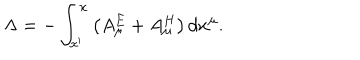
\ \Lambda = - \int _ { x ^ { \prime } } ^ { x } \left( A _ { \mu } ^ { E } + A _ { \mu } ^ { H } \right) d x ^ { \mu } .